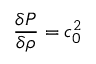
\frac { \delta P } { \delta \rho } = c _ { 0 } ^ { 2 }